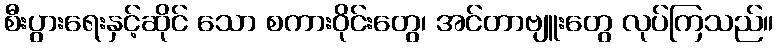
စီးပွားရေးနှင့်ဆိုင် သော စကားဝိုင်းတွေ၊ အင်တာဗျူးတွေ လုပ်ကြသည်။